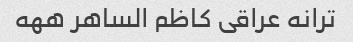
ترانه عراقی کاظم الساهر ههه